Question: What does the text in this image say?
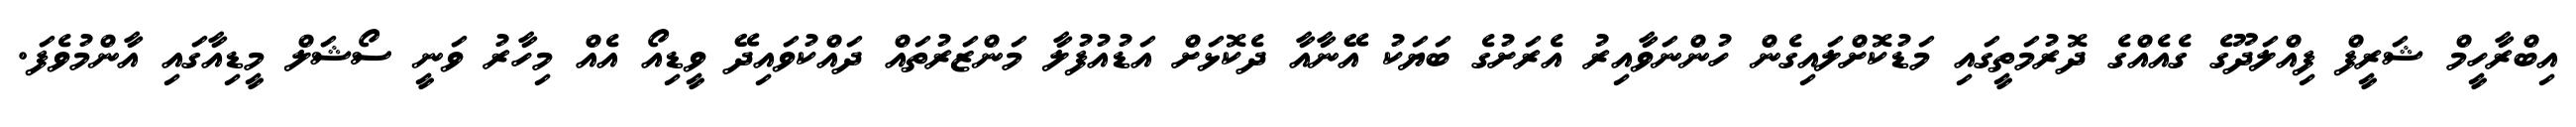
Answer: އިބްރާހީމް ޝަރީފް ފިއްލަދޫގެ ގެއެއްގެ ދޮރުމަތީގައި މަޑުކޮށްލައިގެން ހުންނަވާއިރު އެރަށުގެ ބަޔަކު އޭނާއާ ދެކޮޅަށް އަޑުއުފުލާ މަންޒަރުތައް ދައްކުވައިދޭ ވީޑިއޯ އެއް މިހާރު ވަނީ ސޯޝަލް މީޑިއާގައި އާންމުވެފަ.